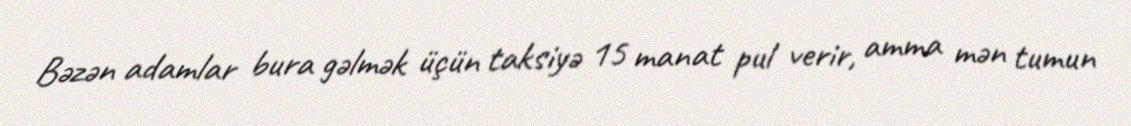
Bəzən adamlar bura gəlmək üçün taksiyə 15 manat pul verir, amma mən tumun